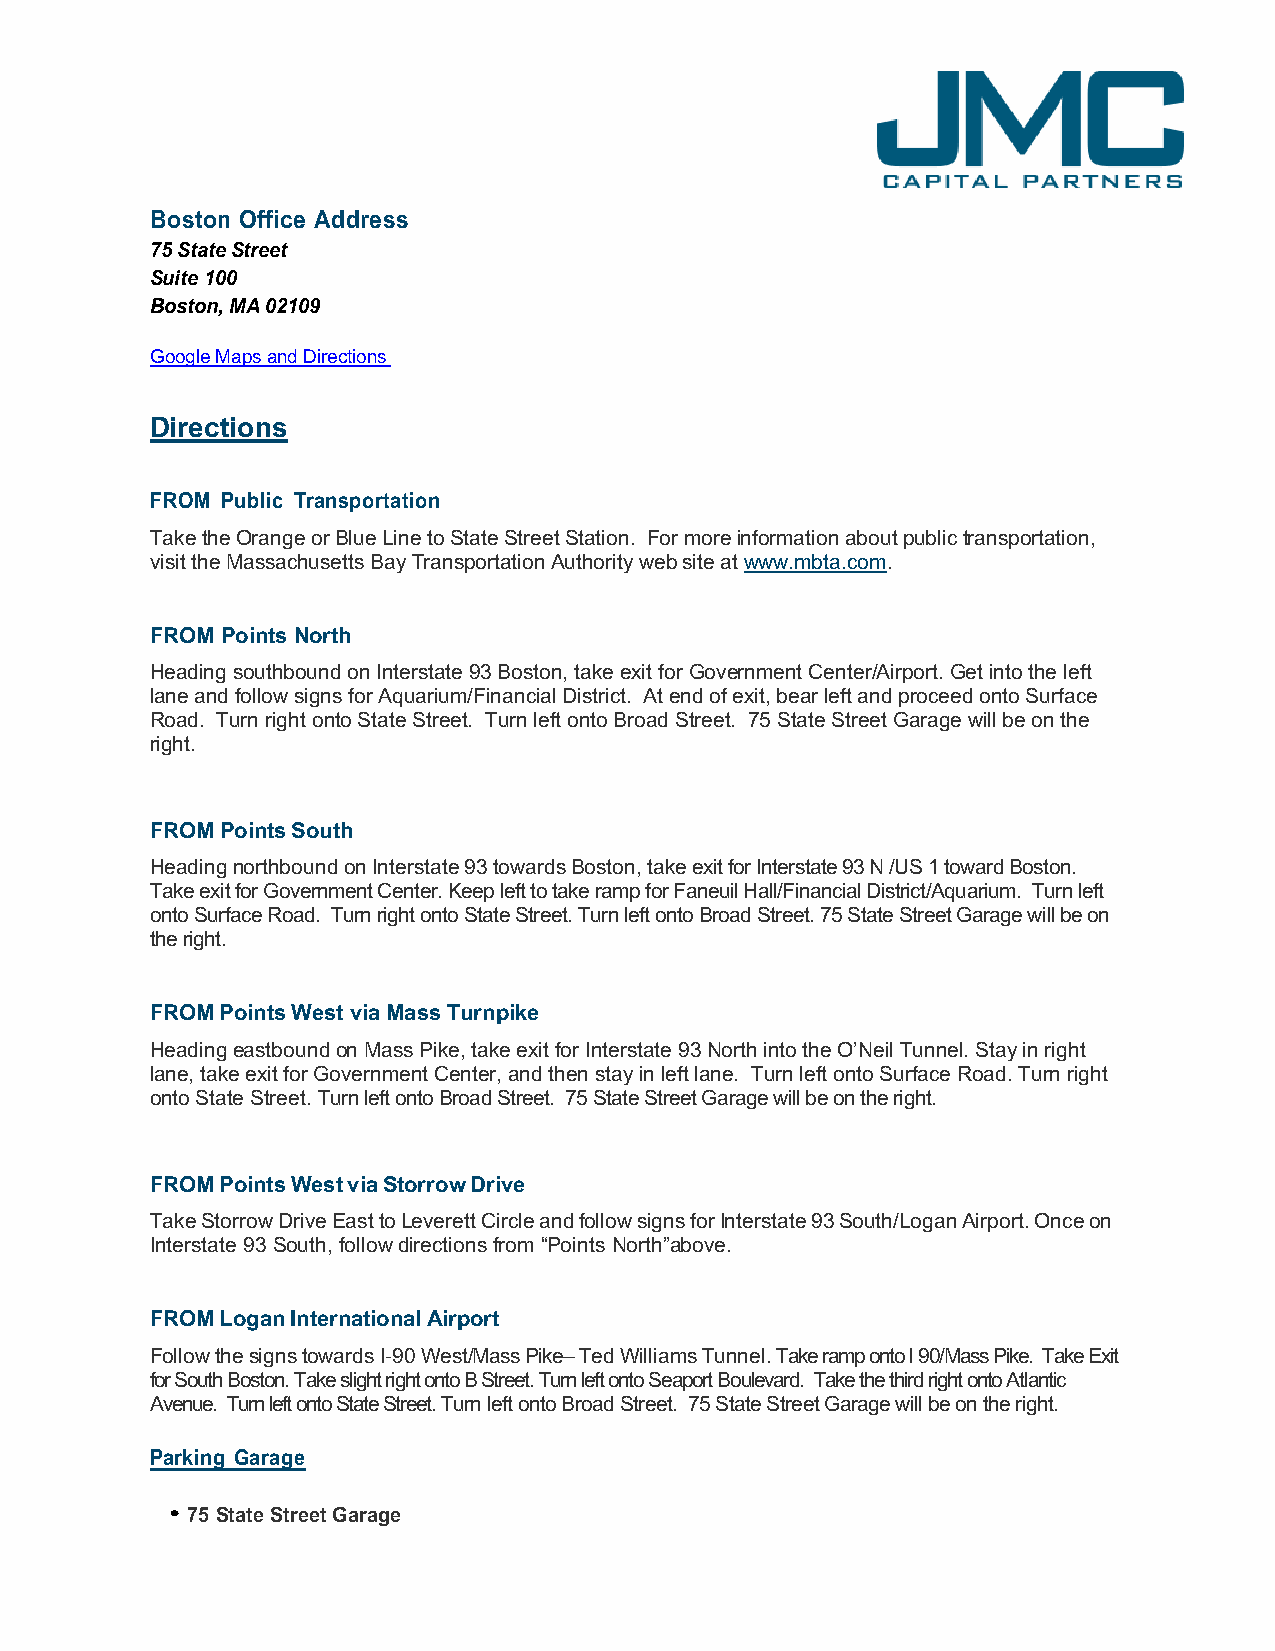
Boston Office Address
 75 State Street
 Suite 100
 Boston, MA 02109
 Google Maps and Directions
 Directions
 FROM Public Transportation
 Take the Orange or Blue Line to State Street Station. For more information about public transportation,
 visit the Massachusetts Bay Transportation Authority web site at www.mbta.com.
 FROM Points North
 Heading southbound on Interstate 93 Boston, take exit for Government Center/Airport. Get into the left
 lane and follow signs for Aquarium/Financial District. At end of exit, bear left and proceed onto Surface
 Road. Turn right onto State Street. Turn left onto Broad Street. 75 State Street Garage will be on the
 right.
 FROM Points South
 Heading northbound on Interstate 93 towards Boston, take exit for Interstate 93 N /US 1 toward Boston.
 Take exit for Government Center. Keep left to take ramp for Faneuil Hall/Financial District/Aquarium. Turn left
 onto Surface Road. Turn right onto State Street. Turn left onto Broad Street. 75 State Street Garage will be on
 the right.
 FROM Points West via Mass Turnpike
 Heading eastbound on Mass Pike, take exit for Interstate 93 North into the O’Neil Tunnel. Stay in right
 lane, take exit for Government Center, and then stay in left lane. Turn left onto Surface Road. Turn right
 onto State Street. Turn left onto Broad Street. 75 State Street Garage will be on the right.
 FROM Points West via Storrow Drive
 Take Storrow Drive East to Leverett Circle and follow signs for Interstate 93 South/Logan Airport. Once on
 Interstate 93 South, follow directions from “Points North”above.
 FROM Logan International Airport
 Follow the signs towards I-90 West/Mass Pike– Ted Williams Tunnel. Take ramp onto I 90/Mass Pike. Take Exit
 for South Boston. Take slight right onto B Street. Turn left onto Seaport Boulevard. Take the third right onto Atlantic
 Avenue. Turn left onto State Street. Turn left onto Broad Street. 75 State Street Garage will be on the right.
 Parking Garage
 • 75 State Street Garage